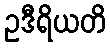
ဥဒီရိယတိ